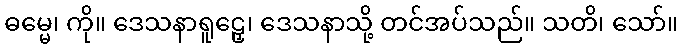
ဓမ္မေ၊ ကို။ ဒေသနာရူဠှေ၊ ဒေသနာသို့ တင်အပ်သည်။ သတိ၊ သော်။